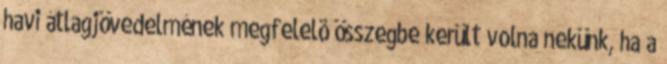
havi átlagjövedelmének megfelelõ összegbe került volna nekünk, ha a